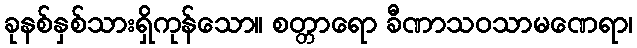
ခုနစ်နှစ်သားရှိကုန်သော။ စတ္တာရော ခီဏာသဝသာမဏေရာ၊